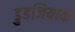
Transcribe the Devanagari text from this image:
डुडजियाक